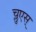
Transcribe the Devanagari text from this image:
च्लुएस्